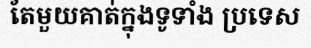
តែមួយគាត់ក្នុងទូទាំង ប្រទេស